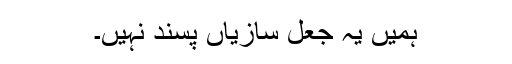
ہمیں یہ جعل سازیاں پسند نہیں۔